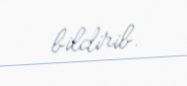
bildirib.